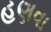
હણવા